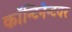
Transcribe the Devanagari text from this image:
कॉन्टिनेन्टवर